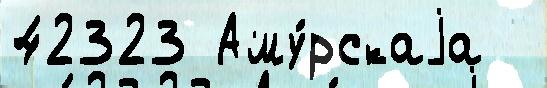
42323 Аму́рскаjа